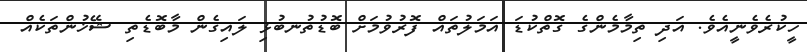
ހީކުރެވެނީއެވެ. އަދި ތިމާމެންގެ ގޮތްކުޑަ އަމަލުތައް ފޮރުވުމަށް ބޮޑުތުނބުޅި ލައިގެން މާބޮޑެތި ޝޭޚުންތަކެއް